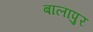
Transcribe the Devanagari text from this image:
बालापुर